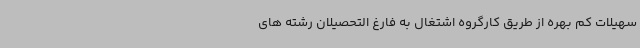
سهیلات کم بهره از طریق کارگروه اشتغال به فارغ التحصیلان رشته های